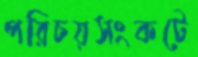
পরিচয়সংকটে